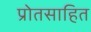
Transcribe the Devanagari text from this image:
प्रोतसाहित